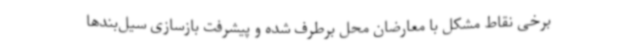
برخی نقاط مشکل با معارضان محل برطرف شده و پیشرفت بازسازی سیل‌بندها